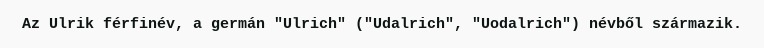
Az Ulrik férfinév, a germán "Ulrich" ("Udalrich", "Uodalrich") névből származik.